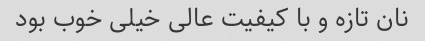
نان تازه و با کیفیت عالی خیلی خوب بود